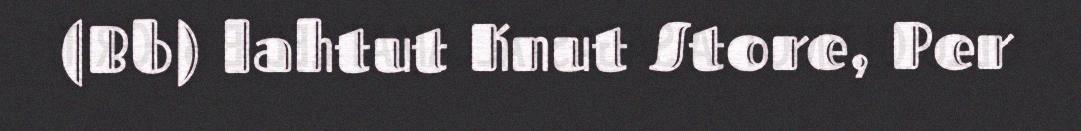
(Bb) lahtut Knut Store, Per